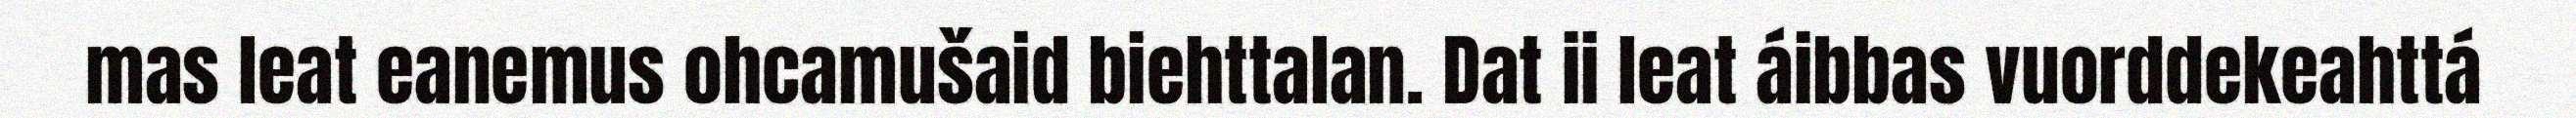
mas leat eanemus ohcamušaid biehttalan. Dat ii leat áibbas vuorddekeahttá